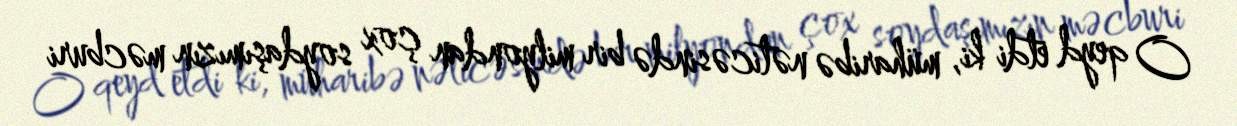
O qeyd etdi ki, müharibə nəticəsində bir milyondan çox soydaşımızın məcburi